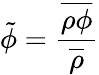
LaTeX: {\tilde{\phi}}={\frac{\overline{{\rho\phi}}}{\overline{{\rho}}}}